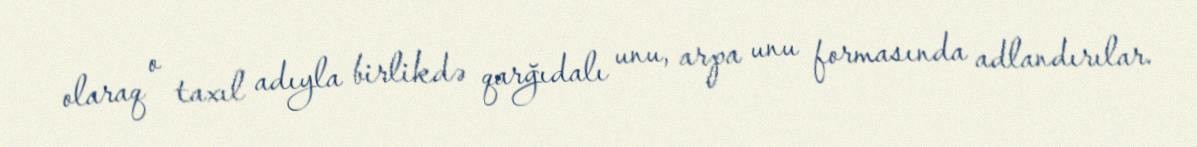
olaraq o taxıl adıyla birlikdə qarğıdalı unu, arpa unu formasında adlandırılar.